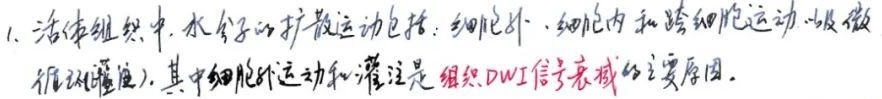
1. 活体组织中，水分子的扩散运动包括：细胞外、细胞内和跨细胞运动（以及微循环灌注）。其中细胞外运动和灌注是组织DWI信号衰减的主要原因。